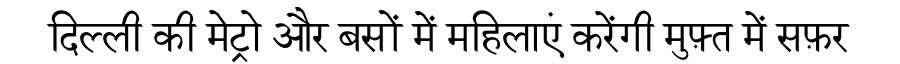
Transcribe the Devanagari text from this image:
दिल्ली की मेट्रो और बसों में महिलाएं करेंगी मुफ़्त में सफ़र